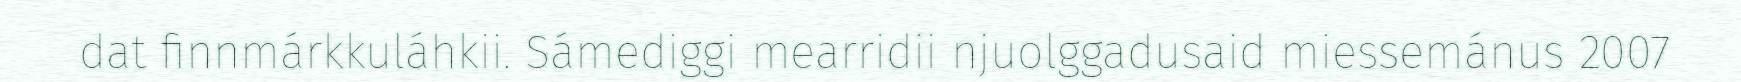
dat finnmárkkuláhkii. Sámediggi mearridii njuolggadusaid miessemánus 2007